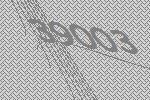
39003